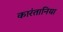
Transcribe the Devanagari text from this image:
कारंतानिया